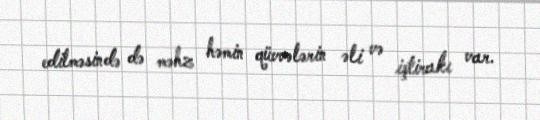
edilməsində də məhz həmin qüvvələrin əli və iştirakı var.